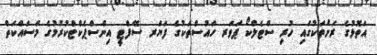
އަތޮޅުގެ ރަށްތަކުގައި ހުރި ސްޓެލްކޯ ޕަވަރ ހައުސްތަކުގެ ފަޔަރ ސޭފްޓީ އިންސްޕެކްޓްކުރުމުގެ މަސައްކަތް